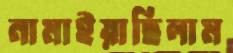
নামাইয়াছিলাম